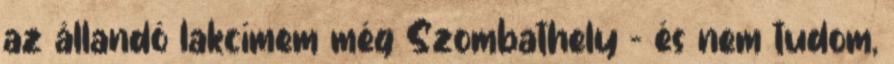
az állandó lakcímem még Szombathely - és nem tudom,